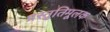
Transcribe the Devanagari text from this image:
प्रस्तुतिमूलक